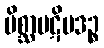
မိစ္ဆာပဋိပဒဉ္စ